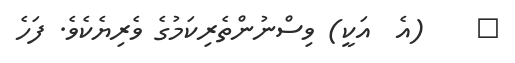
٦    (އެ  އަކީ) ވިސްނުންތެރިކަމުގެ ވެރިޔެކެވެ. ފަހެ